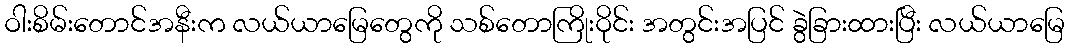
ဝါးစိမ်းတောင်အနီးက လယ်ယာမြေတွေကို သစ်တောကြိုးဝိုင်း အတွင်းအပြင် ခွဲခြားထားပြီး လယ်ယာမြေ